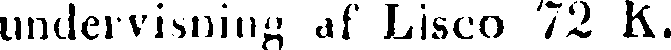
undervisning af Lisco 72 K.